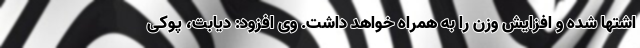
اشتها شده و افزایش وزن را به همراه خواهد داشت. وی افزود: دیابت، پوکی